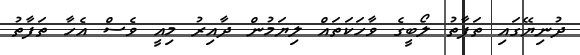
ދުނިޔޭގައި ތަފާތު ލޯބީގެ ވާހަކަތައް ލިޔަމުން ދާއިރު މިއީ ވެސް އެހާ ތަފާތު